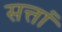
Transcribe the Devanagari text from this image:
सत्तां